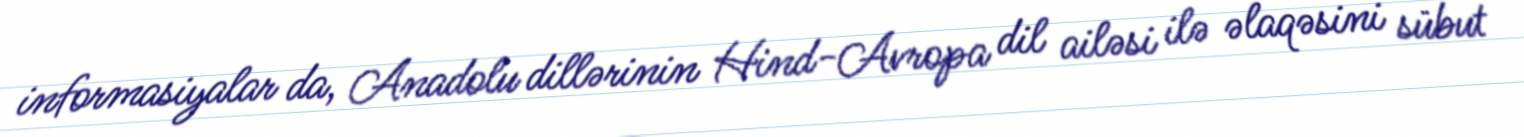
informasiyalar da, Anadolu dillərinin Hind-Avropa dil ailəsi ilə əlaqəsini sübut